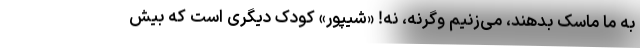
به ما ماسک بدهند، می‌زنیم وگرنه، نه! «شیپور» کودک دیگری است که بیش